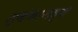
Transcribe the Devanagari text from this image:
स्कंधामध्ये